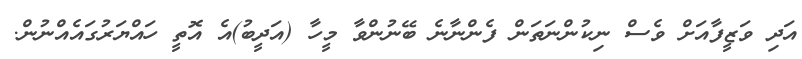
އަދި ވަޒީފާއަށް ވެސް ނިކުންނަތަން ފެންނާނެ ބޭނުންވާ މީހާ (އަދީބު)އެ އޮތީ ހައްޔަރުގައެއްނުން.